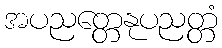
အပညတ္တေနုပညတ္တံ